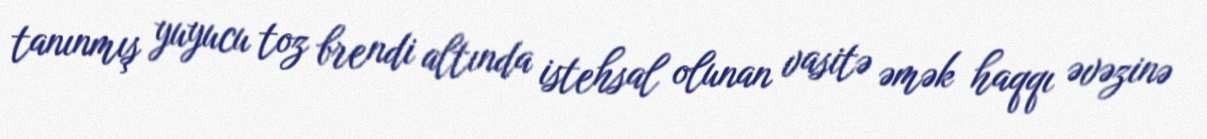
tanınmış yuyucu toz brendi altında istehsal olunan vasitə əmək haqqı əvəzinə